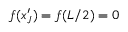
f ( x _ { J } ^ { \prime } ) = f ( L / 2 ) = 0